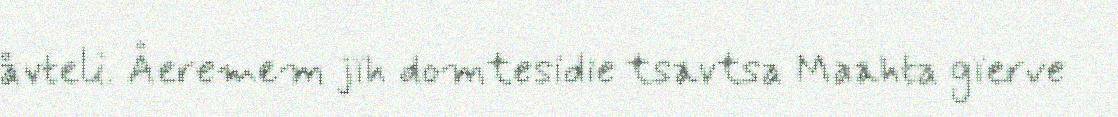
åvteli. Åeremem jïh domtesidie tsavtsa Maahta gïerve